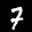
Digit: 7